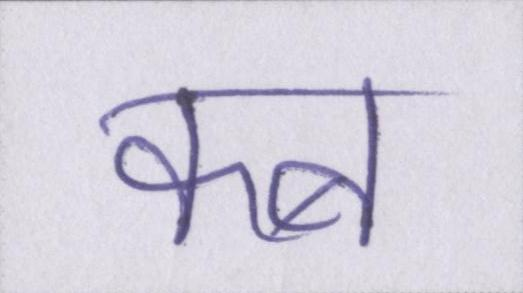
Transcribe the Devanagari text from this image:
कब